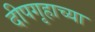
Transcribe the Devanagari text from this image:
दीपगृहाच्या